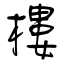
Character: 樓